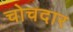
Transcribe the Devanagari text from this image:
चोचदार